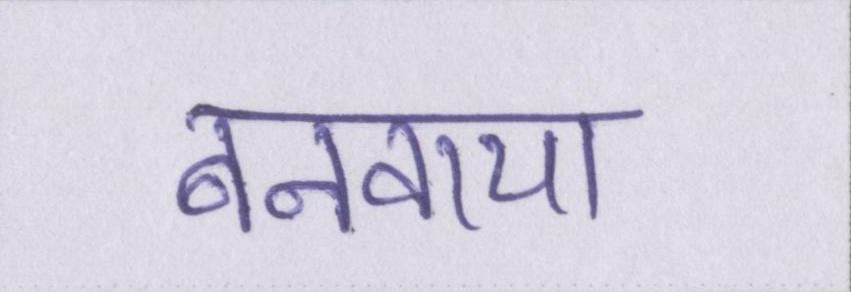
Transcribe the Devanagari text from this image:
बनवाया